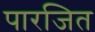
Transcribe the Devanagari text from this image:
पारजित